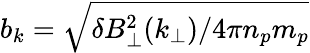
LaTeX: b_{k}=\sqrt{\delta B_{\perp}^{2}(k_{\perp})/4\pi n_{p}m_{p}}